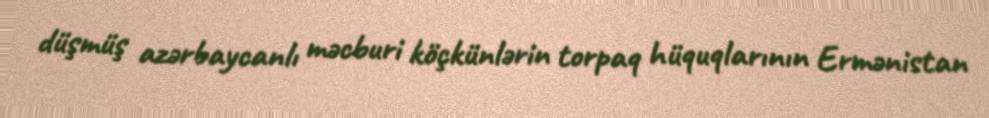
düşmüş azərbaycanlı məcburi köçkünlərin torpaq hüquqlarının Ermənistan